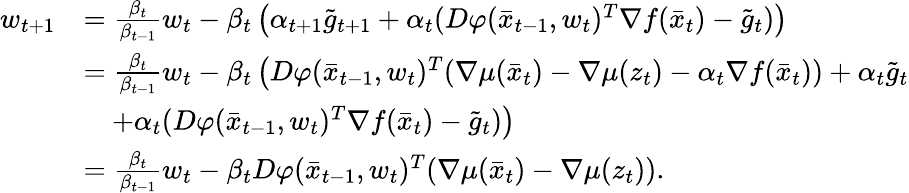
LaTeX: \begin{array}{rl}{w_{t+1}}&{=\frac{\beta_{t}}{\beta_{t-1}}w_{t}-\beta_{t}\left(\alpha_{t+1}\tilde{g}_{t+1}+\alpha_{t}(D\varphi(\bar{x}_{t-1},w_{t})^{T}\nabla f(\bar{x}_{t})-\tilde{g}_{t})\right)}\\ &{=\frac{\beta_{t}}{\beta_{t-1}}w_{t}-\beta_{t}\left(D\varphi(\bar{x}_{t-1},w_{t})^{T}(\nabla\mu(\bar{x}_{t})-\nabla\mu(z_{t})-\alpha_{t}\nabla f(\bar{x}_{t}))+\alpha_{t}\tilde{g}_{t}\right.}\\ &{\quad\left.+\alpha_{t}(D\varphi(\bar{x}_{t-1},w_{t})^{T}\nabla f(\bar{x}_{t})-\tilde{g}_{t})\right)}\\ &{=\frac{\beta_{t}}{\beta_{t-1}}w_{t}-\beta_{t}D\varphi(\bar{x}_{t-1},w_{t})^{T}(\nabla\mu(\bar{x}_{t})-\nabla\mu(z_{t})).}\end{array}